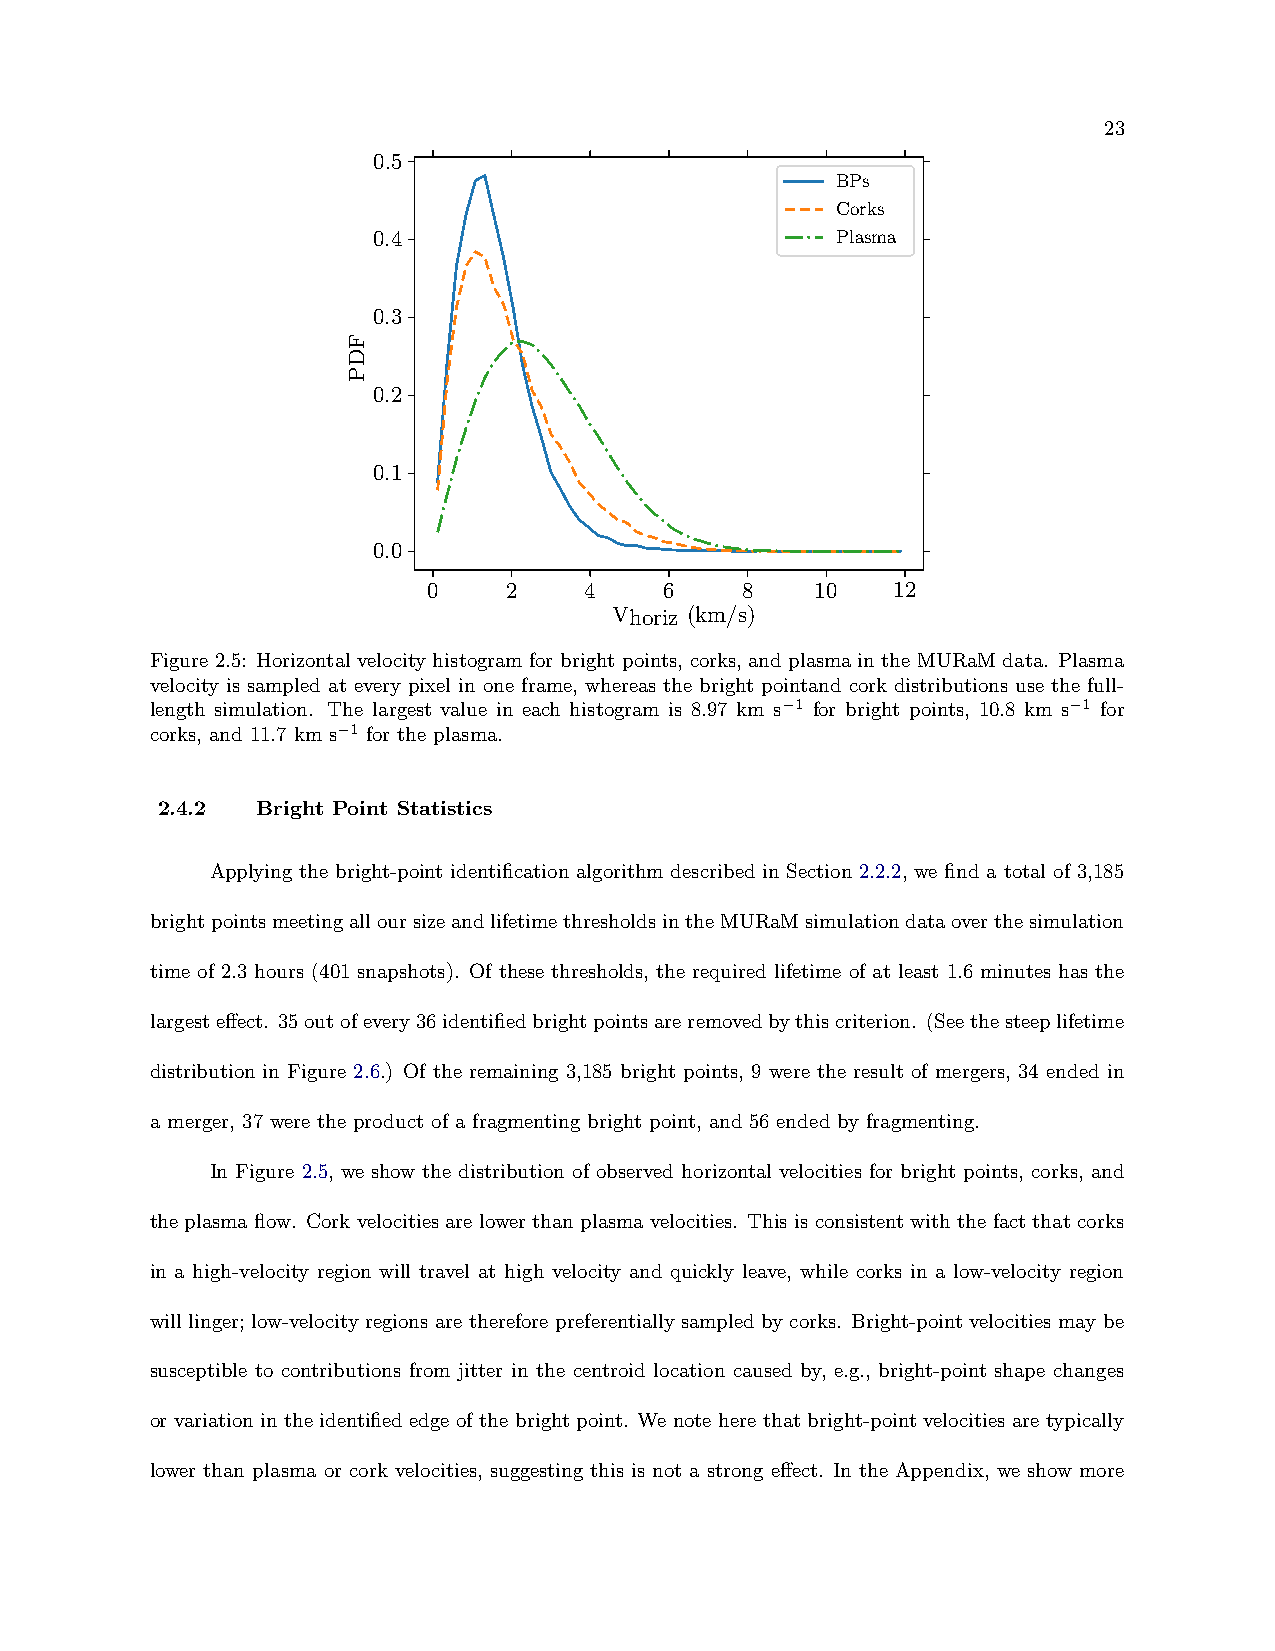
23
 0.5
 BPs
 Corks
 0.4                           Plasma
 0.3
 0.2
 0.1
 0.0
 0    2     4    6    8    10   12
 Vhoriz (km/s)
 Figure 2.5: Horizontal velocity histogram for bright points, corks, and plasma in the MURaM data. Plasma
 velocity is sampled at every pixel in one frame, whereas the bright pointand cork distributions use the full-
 length simulation. The largest value in each histogram is 8.97 km s−1 for bright points, 10.8 km s−1 for
 corks, and 11.7 km s−1 for the plasma.
 2.4.2  Bright Point Statistics
 Applying the bright-point identification algorithm described in Section 2.2.2, we find a total of 3,185
 brightpointsmeetingalloursizeandlifetimethresholdsintheMURaMsimulationdataoverthesimulation
 time of 2.3 hours (401 snapshots). Of these thresholds, the required lifetime of at least 1.6 minutes has the
 largesteffect. 35outofevery36identifiedbrightpointsareremovedbythiscriterion. (Seethesteeplifetime
 distribution in Figure 2.6.) Of the remaining 3,185 bright points, 9 were the result of mergers, 34 ended in
 a merger, 37 were the product of a fragmenting bright point, and 56 ended by fragmenting.
 In Figure 2.5, we show the distribution of observed horizontal velocities for bright points, corks, and
 the plasma flow. Cork velocities are lower than plasma velocities. This is consistent with the fact that corks
 in a high-velocity region will travel at high velocity and quickly leave, while corks in a low-velocity region
 will linger; low-velocity regions are therefore preferentially sampled by corks. Bright-point velocities may be
 susceptible to contributions from jitter in the centroid location caused by, e.g., bright-point shape changes
 or variation in the identified edge of the bright point. We note here that bright-point velocities are typically
 lower than plasma or cork velocities, suggesting this is not a strong effect. In the Appendix, we show more
 FDP